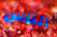
الناس